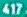
Transcribetheimage